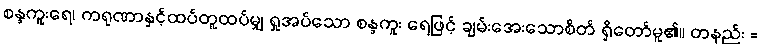
စန္ဒကူးရေ၊ ကရုဏာနှင့်ထပ်တူထပ်မျှ ရှုအပ်သော စန္ဒကူး ရေဖြင့် ချမ်းအေးသောစိတ် ရှိတော်မူ၏။ တနည်း =